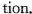
tion.